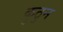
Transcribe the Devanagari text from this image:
कुठुन